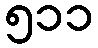
၅၁၁